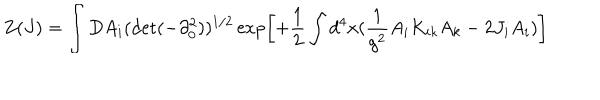
LaTeX: Z ( J ) = \int D A _ { i } ( \det ( - \partial _ { 0 } ^ { 2 } ) ) ^ { 1 / 2 } \exp \left[ + \frac { 1 } { 2 } \int d ^ { 4 } x ( \frac { 1 } { g ^ { 2 } } A _ { i } K _ { i k } A _ { k } - 2 J _ { i } A _ { i } ) \right]